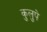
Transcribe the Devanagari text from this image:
कुलुपे